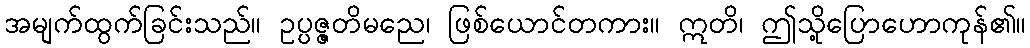
အမျက်ထွက်ခြင်းသည်။ ဥပ္ပဇ္ဇတိမညေ၊ ဖြစ်ယောင်တကား။ ဣတိ၊ ဤသို့ပြောဟောကုန်၏။